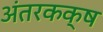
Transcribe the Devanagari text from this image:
अंतरकक्ष